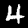
Digit: 4